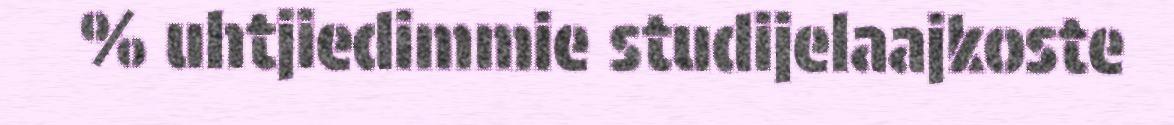
% uhtjiedimmie studijelaajkoste